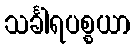
သင်္ခါရပစ္စယာ